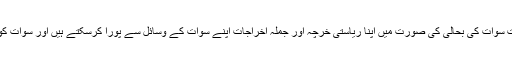
اب بھی اگر حکومتِ پاکستان چاہے، تو ہم ریاستِ سوات کی بحالی کی صورت میں اپنا ریاستی خرچہ اور جملہ اخراجات اپنے سوات کے وسائل سے پورا کرسکتے ہیں اور سوات کو پھر سے ترقی کی راہ پر گامزن کرسکتے ہیں۔